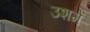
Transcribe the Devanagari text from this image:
उशमें